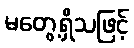
မတွေ့ရှိသဖြင့်